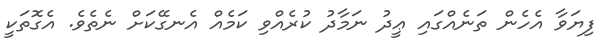
ފިޔަވާ އެހެން ތަނެއްގައި ޢީދު ނަމާދު ކުރެއްވި ކަމެއް އެނގޭކަށް ނެތެވެ. އެގޮތަކީ